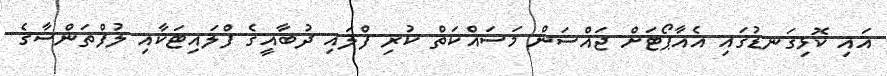
އައި ކޮޅިގަނޑުގައި އެއާޕޯޓަށް ޖައްސަން މަސައްކަތް ކުރި ފްލައި ދުބާއީގެ ފްލައިޓަކާއި ލުފްތަންސާގެ